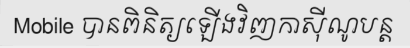
Mobile បានពិនិត្យឡើងវិញកាស៊ីណូបន្ត